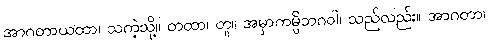
အာဂတာယထာ၊ သကဲ့သို့။ တထာ၊ တူ။ အမှာကမ္ပိဘဂဝါ၊ သည်လည်း။ အာဂတာ၊